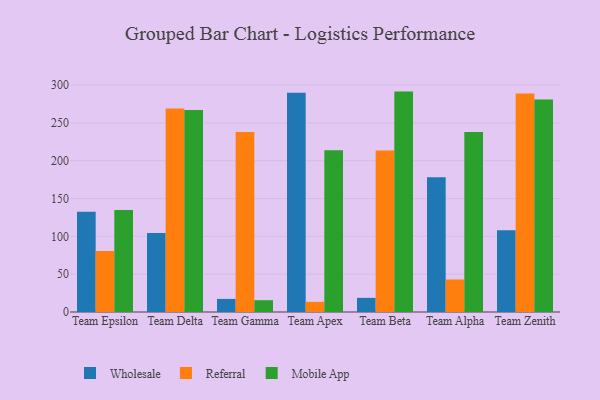
{"axis": {"x": "Team", "y": "LTV (USD)"}, "legend": ["Mobile App", "Referral", "Wholesale"], "data": [{"x": "Team Epsilon", "y": 132.6, "type": "Wholesale"}, {"x": "Team Epsilon", "y": 80.7, "type": "Referral"}, {"x": "Team Epsilon", "y": 134.7, "type": "Mobile App"}, {"x": "Team Delta", "y": 104.5, "type": "Wholesale"}, {"x": "Team Delta", "y": 269.0, "type": "Referral"}, {"x": "Team Delta", "y": 267.1, "type": "Mobile App"}, {"x": "Team Gamma", "y": 17.3, "type": "Wholesale"}, {"x": "Team Gamma", "y": 238.1, "type": "Referral"}, {"x": "Team Gamma", "y": 15.6, "type": "Mobile App"}, {"x": "Team Apex", "y": 289.8, "type": "Wholesale"}, {"x": "Team Apex", "y": 13.4, "type": "Referral"}, {"x": "Team Apex", "y": 214.0, "type": "Mobile App"}, {"x": "Team Beta", "y": 18.7, "type": "Wholesale"}, {"x": "Team Beta", "y": 213.4, "type": "Referral"}, {"x": "Team Beta", "y": 291.4, "type": "Mobile App"}, {"x": "Team Alpha", "y": 178.2, "type": "Wholesale"}, {"x": "Team Alpha", "y": 43.0, "type": "Referral"}, {"x": "Team Alpha", "y": 238.0, "type": "Mobile App"}, {"x": "Team Zenith", "y": 108.0, "type": "Wholesale"}, {"x": "Team Zenith", "y": 289.0, "type": "Referral"}, {"x": "Team Zenith", "y": 280.9, "type": "Mobile App"}]}